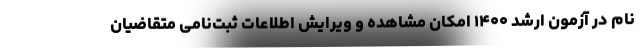
نام در آزمون ارشد ۱۴۰۰ امکان مشاهده و ویرایش اطلاعات ثبت‌نامی متقاضیان